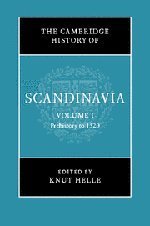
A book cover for The Cambridge History of Scandinavia, Volume 1: Prehistory to 1520; History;